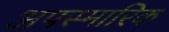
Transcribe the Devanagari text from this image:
अपस्मारिक